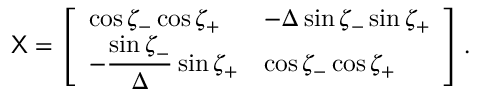
\mathsf X = \left[ \begin{array} { l l } { \cos \zeta _ { - } \cos \zeta _ { + } } & { - \Delta \sin \zeta _ { - } \sin \zeta _ { + } } \\ { - \displaystyle \frac { \sin \zeta _ { - } } \Delta \sin \zeta _ { + } } & { \cos \zeta _ { - } \cos \zeta _ { + } } \end{array} \right] .